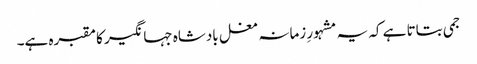
جمی بتاتا ہے کہ یہ مشہورِ زمانہ مغل بادشاہ جہانگیر کا مقبرہ ہے۔